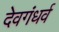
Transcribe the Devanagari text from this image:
देवगंधर्व